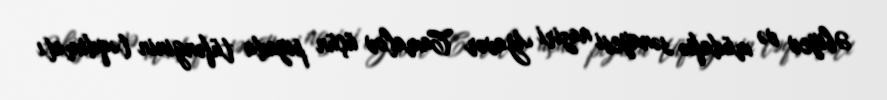
Əbiyev və müdafiə sənayesi naziri Yavər Camalov üçün piyada tüfənginin təqdimatı